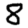
Digit: 8